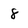
Character: 8